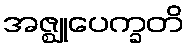
အဇ္ဈုပေက္ခတိ